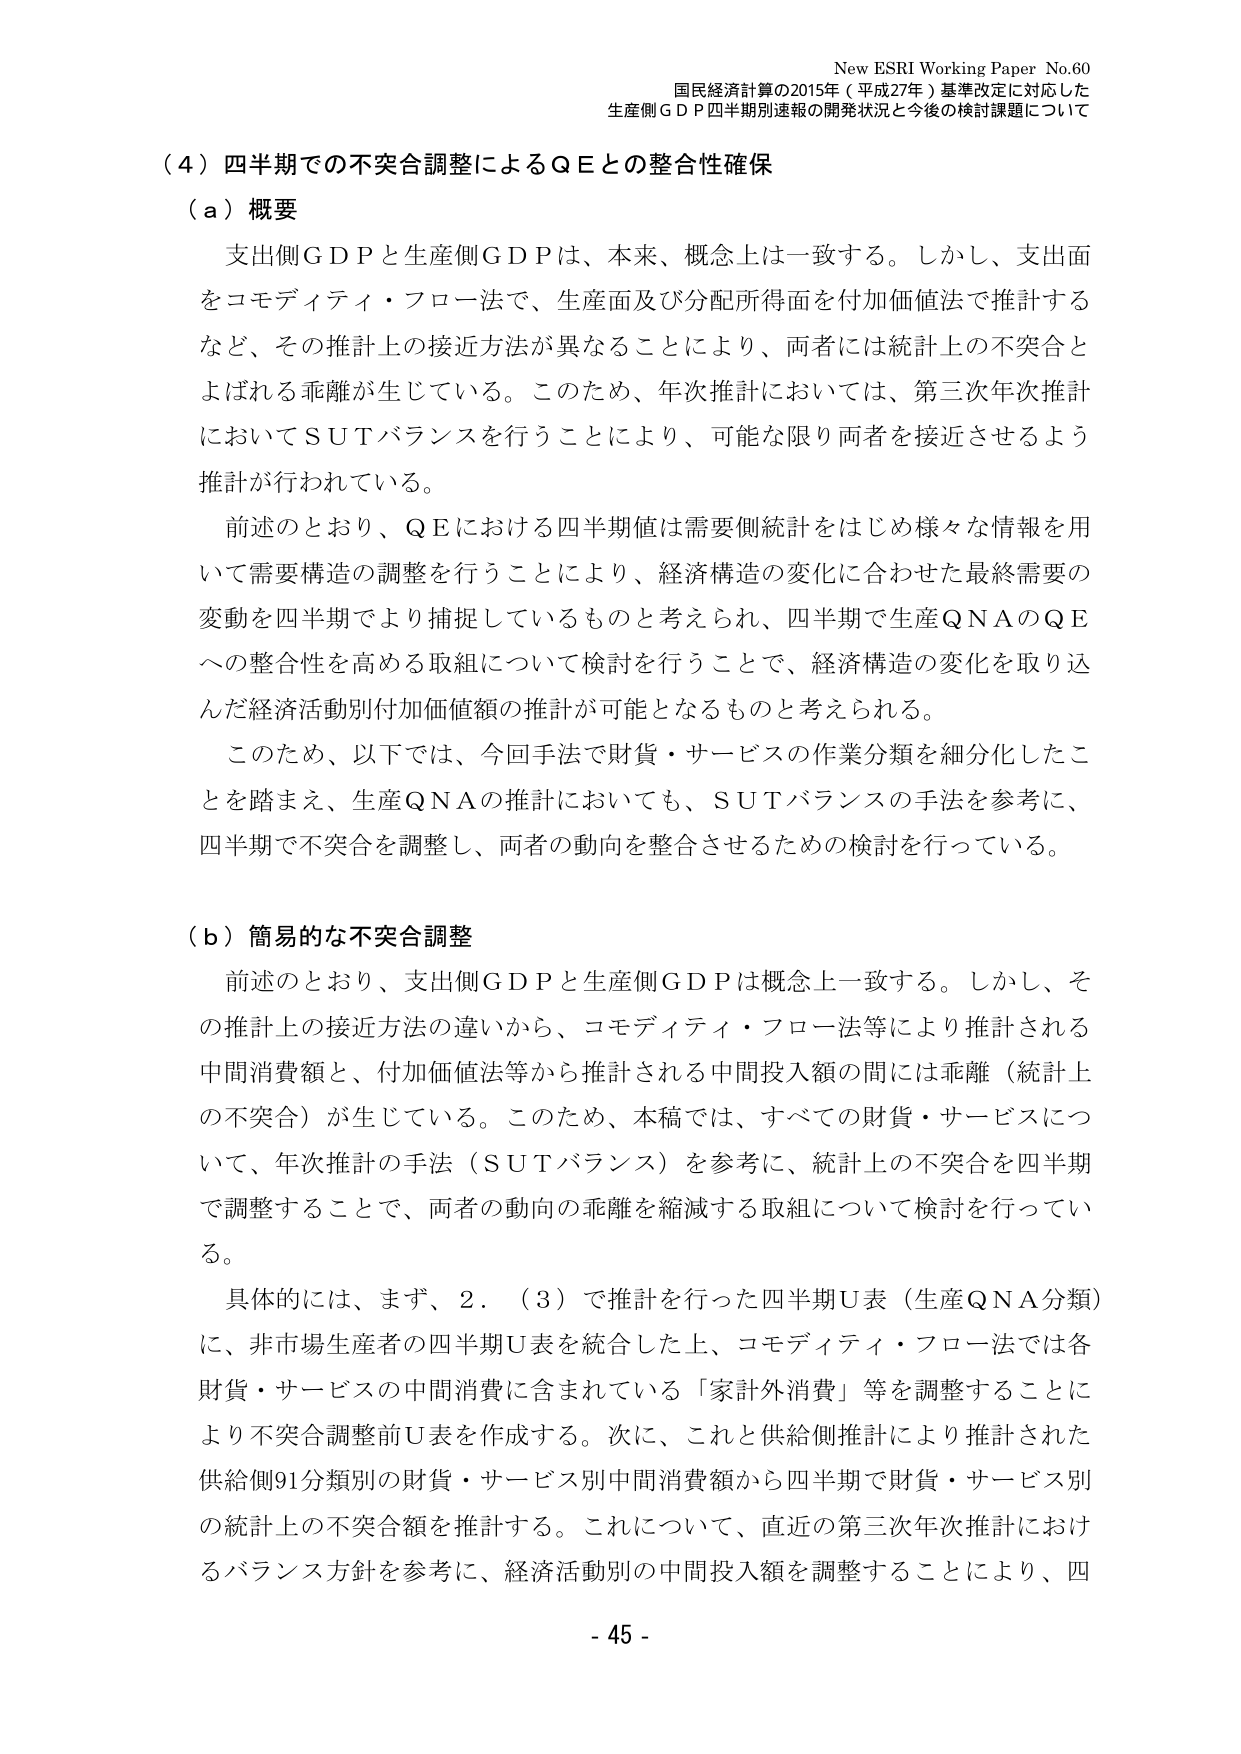
New ESRI Working Paper No.60
国民経済計算の2015年（平成27年）基準改定に対応した
生産側ＧＤＰ四半期別速報の開発状況と今後の検討課題について

（４）四半期での不突合調整によるＱＥとの整合性確保

（ａ）概要
支出側ＧＤＰと生産側ＧＤＰは、本来、概念上は一致する。しかし、支出面をコモディティ・フロー法で、生産面及び分配所得面を付加価値法で推計するなど、その推計上の接近方法が異なることにより、両者には統計上の不突合とよばれる乖離が生じている。このため、年次推計においては、第三次年次推計においてＳＵＴバランスを行うことにより、可能な限り両者を接近させるよう推計が行われている。
前述のとおり、ＱＥにおける四半期値は需要側統計をはじめ様々な情報を用いて需要構造の調整を行うことにより、経済構造の変化に合わせた最終需要の変動を四半期でより捕捉しているものと考えられ、四半期で生産ＱＮＡのＱＥへの整合性を高める取組について検討を行うことで、経済構造の変化を取り込んだ経済活動別付加価値額の推計が可能となるものと考えられる。
このため、以下では、今回手法で財貨・サービスの作業分類を細分化したことを踏まえ、生産ＱＮＡの推計においても、ＳＵＴバランスの手法を参考に、四半期で不突合を調整し、両者の動向を整合させるための検討を行っている。

（ｂ）簡易的な不突合調整
前述のとおり、支出側ＧＤＰと生産側ＧＤＰは概念上一致する。しかし、その推計上の接近方法の違いから、コモディティ・フロー法等により推計される中間消費額と、付加価値法等から推計される中間投入額の間には乖離（統計上の不突合）が生じている。このため、本稿では、すべての財貨・サービスについて、年次推計の手法（ＳＵＴバランス）を参考に、統計上の不突合を四半期で調整することで、両者の動向の乖離を縮減する取組について検討を行っている。
具体的には、まず、２．（３）で推計を行った四半期Ｕ表（生産ＱＮＡ分類）に、非市場生産者の四半期Ｕ表を統合した上、コモディティ・フロー法では各財貨・サービスの中間消費に含まれている「家計外消費」等を調整することにより不突合調整前Ｕ表を作成する。次に、これと供給側推計により推計された供給側91分類別の財貨・サービス別中間消費額から四半期で財貨・サービス別の統計上の不突合額を推計する。これについて、直近の第三次年次推計におけるバランス方針を参考に、経済活動別の中間投入額を調整することにより、四

- 45 -